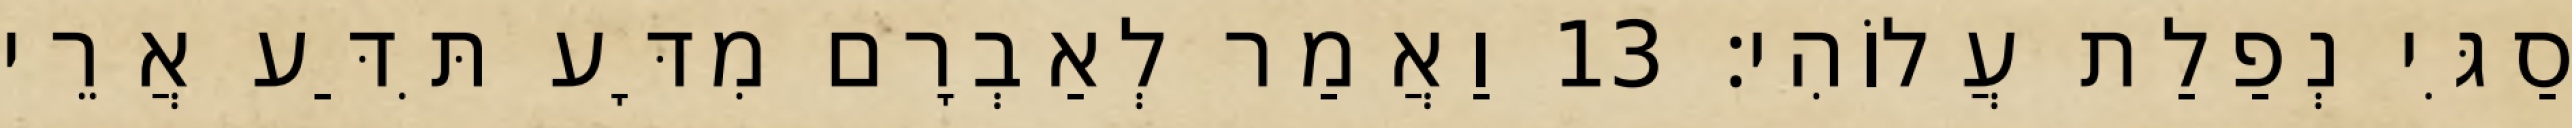
סַגִּי נְפַלַת עֲלוֹהִי׃ 13 וַאֲמַר לְאַבְרָם מִדָּע תִּדַּע אֲרֵי